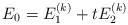
LaTeX: \begin{align*} E_0 = E_1^{(k)} + t E^{(k)}_2 \end{align*}